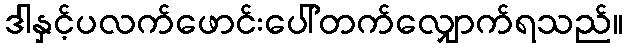
ဒါနှင့်ပလက်ဖောင်းပေါ်တက်လျှောက်ရသည်။